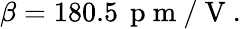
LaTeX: \beta=180.5\, \mathrm{~p~m~}/\mathrm{~V~}.